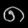
Digit: ၈